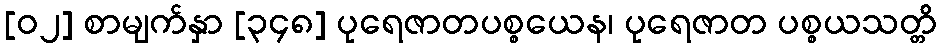
[၀၂] စာမျက်နှာ [၃၄၈] ပုရေဇာတပစ္စယေန၊ ပုရေဇာတ ပစ္စယသတ္တိ